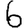
Digit: 6